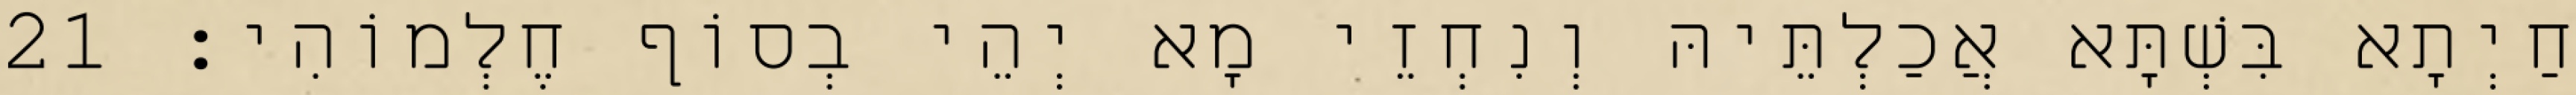
חַיְתָא בִּשְׁתָּא אֲכַלְתֵּיהּ וְנִחְזֵי מָא יְהֵי בְסוֹף חֶלְמוֹהִי׃ 21